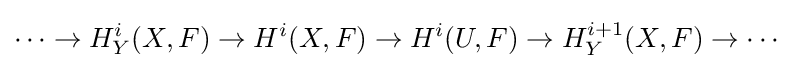
\cdots \to H_{Y}^{i}(X,F)\to H^{i}(X,F)\to H^{i}(U,F)\to H_{Y}^{i+1}(X,F)\to \cdots